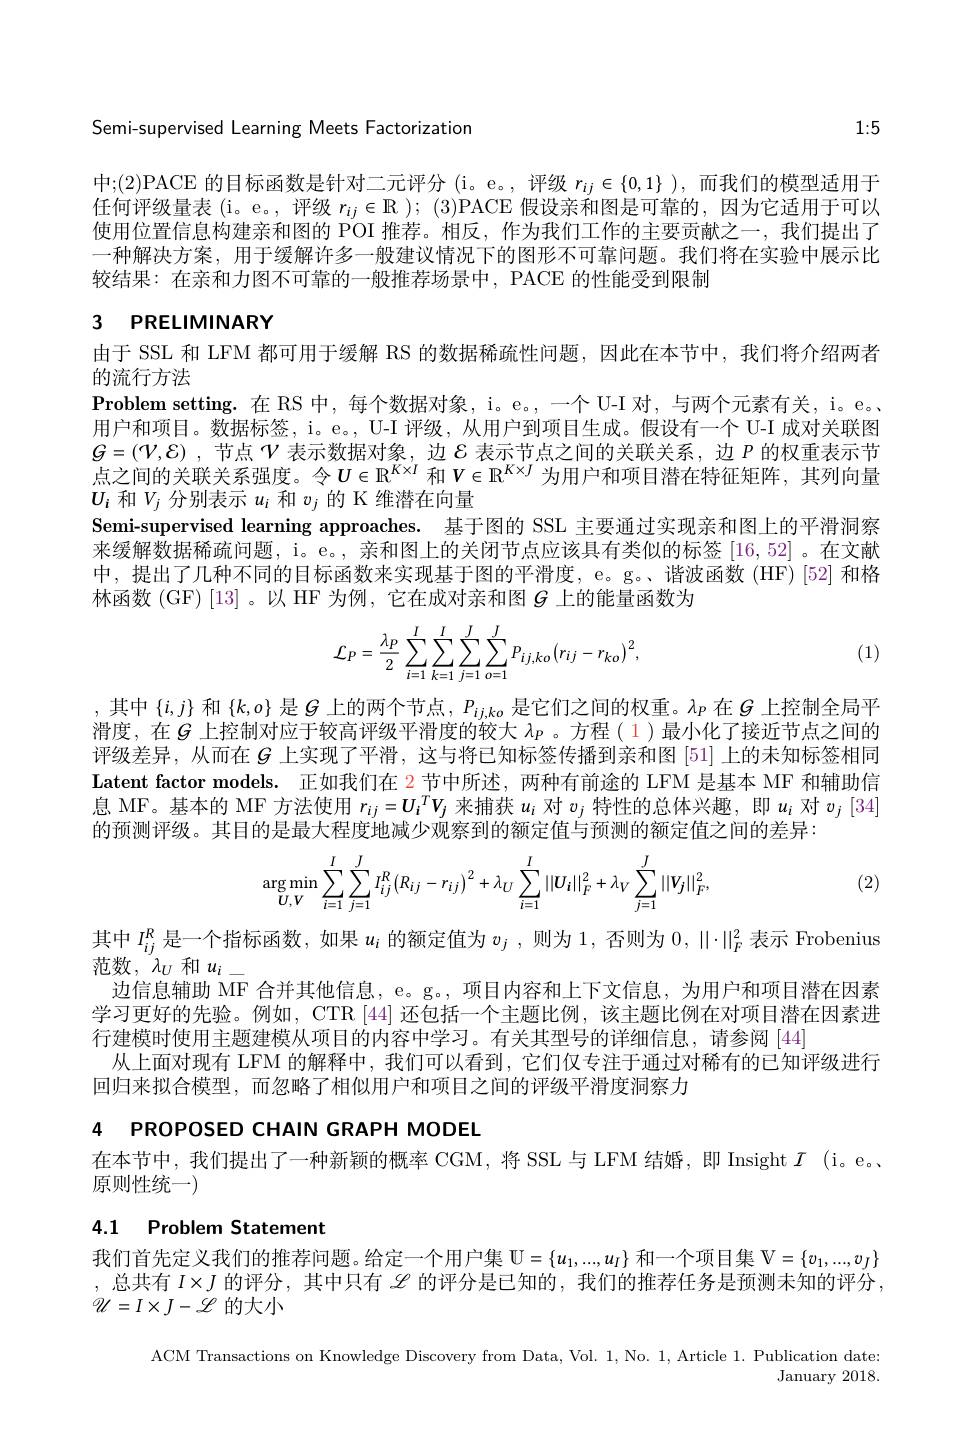
Semi-supervised Learning Meets Factorization

1:5

中；(2)PACE 的目标函数是针对二元评分(i。e。,评级$r_ij\in\{0,1\}$ ),而我们的模型适用于任何评级量表 (i。e。, 评级$r_ij\in \mathbb{R} ) ;$ $( 3) \dot{\mathrm{PACE}}$假设亲和图是可靠的，因为它适用于可以使用位置信息构建亲和图的 POI 推荐。相反，作为我们工作的主要贡献之一，我们提出了一种解决方案，用于缓解许多一般建议情况下的图形不可靠问题。我们将在实验中展示比较结果：在亲和力图不可靠的一般推荐场景中，PACE 的性能受到限制

## 3 $PRELIMINARY$

由于 SSL 和 LFM 都可用于缓解 RS 的数据稀疏性问题，因此在本节中，我们将介绍两者
的流行方法
Problem setting.在 RS 中，每个数据对象，i。e。,一个 U-I 对，与两个元素有关，i。e。、 用户和项目。数据标签，i。e。, U-I 评级，从用户到项目生成。假设有一个 U-I 成对关联图$G=(\mathcal{V},\mathcal{E})$ ,节点$\mathcal{V}$表示数据对象，边$\mathcal{E}$表示节点之间的关联关系，边$P$的权重表示节点之间的关联关系强度。令$U\in\mathbb{R}^{K\times I}$和$V\in\mathbb{R}^{K\times J}$为用户和项目潜在特征矩阵，其列向量$U_i$和$V_j$分别表示$u_i$和$v_j$的 K 维潜在向量
Semi-supervised learning approaches. 基于图的 SSL 主要通过实现亲和图上的平滑洞察来缓解数据稀疏问题，i。e。, 亲和图上的关闭节点应该具有类似的标签[16,52] 。在文献中，提出了几种不同的目标函数来实现基于图的平滑度，e。g。谐波函数(HF)[52]和格林函数(GF)[13]。以 HF 为例，它在成对亲和图$G$上的能量函数为
$$\mathcal{L}_{P}=\frac{\lambda_{P}}{2}\sum_{i=1}^{I}\sum_{k=1}^{I}\sum_{j=1}^{J}\sum_{o=1}^{J}P_{ij,ko}(r_{ij}-r_{ko})^{2},$$
(1)

,其中$\left\{i,j\right\}$和$\left\{k,o\right\}$是$G$上的两个节点$,P_ij,ko$ 是它们之间的权重。$\lambda_P$在$G$ 上控制全局平滑度，在$G$ 上控制对应于较高评级平滑度的较大 $\lambda_P$ 。方程( 1)最小化了接近节点之间的评级差异，从而在$G$上实现了平滑，这与将已知标签传播到亲和图 [51] 上的未知标签相同Latent factor models. 正如我们在 2 节中所述，两种有前途的 LFM 是基本 MF 和辅助信息 MF。基本的 MF 方法使用$r_ij=\boldsymbol{U}_i^T\boldsymbol{V}_j$来捕获$u_i$对$v_j$特性的总体兴趣，即$u_i$对$v_j$ [34] 的预测评级。其目的是最大程度地减少观察到的额定值与预测的额定值之间的差异：
$$\arg\min_{U,V}\sum_{i=1}^{I}\sum_{j=1}^{J}I_{ij}^{R}\left(R_{ij}-r_{ij}\right)^{2}+\lambda_{U}\sum_{i=1}^{I}||U_{i}||_{F}^{2}+\lambda_{V}\sum_{j=1}^{J}||V_{j}||_{F}^{2},$$
(2)

其中$I_ij^{R}$是一个指标函数，如果$u_i$的额定值为$v_j$ ,则为1，否则为$0,\|\cdot\|_F^2$表示 Frobenius
范数，$\lambda_U$和$u_i$
边信息辅助 MF 合并其他信息，e。g。, 项目内容和上下文信息，为用户和项目潜在因素学习更好的先验。例如，CTR [44] 还包括一个主题比例，该主题比例在对项目潜在因素进行建模时使用主题建模从项目的内容中学习。有关其型号的详细信息，请参阅[44]
从上面对现有 LFM 的解释中，我们可以看到，它们仅专注于通过对稀有的已知评级进行
回归来拟合模型，而忽略了相似用户和项目之间的评级平滑度洞察力

4 PROPOSED CHAIN GRAPH MODEL

在本节中，我们提出了一种新颖的概率 CGM,将 SSL与 LFM 结婚，即 Insight $I$ (i。e。、
原则性统一)

### 4.1 Problem Statement

我们首先定义我们的推荐问题。给定一个用户集$\mathcal{U}=\{u_1,...,u_I\}$和一个项目集$\mathcal{V}=\{v_1,...,v_J\}$ ,总共有$I\times J$的评分，其中只有$\mathscr{L}$的评分是已知的，我们的推荐任务是预测未知的评分， $\mathscr{U}=I\times J-\mathscr{L}$的大小

ACM Transactions on Knowledge Discovery from Data, Vol. 1, No. 1, Article 1. Publication date:
January 2018